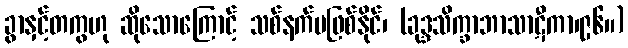
ခွာနှင့်တကွဟု ဆိုသောကြောင့် သစ်နက်မဖြစ်နိုင်၊ (ခုဒ္ဒသိက္ခာဘာသာဋီကာ၊၉၆။)